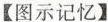
图示记忆